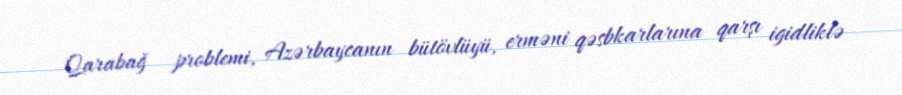
Qarabağ problemi, Azərbaycanın bütövlüyü, erməni qəsbkarlarına qarşı igidliklə